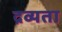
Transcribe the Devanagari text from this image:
द्रव्यता